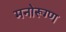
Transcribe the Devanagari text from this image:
मनोरूग्ण